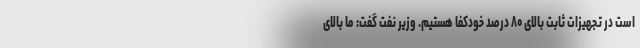
است در تجهیزات ثابت بالای ۸۰ درصد خودکفا هستیم. وزیر نفت گفت: ما بالای